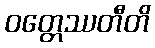
ဝတ္တေဿတီတိ